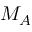
M _ { A }